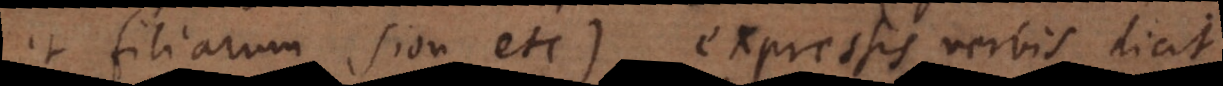
et filiarum Sion etc.) expressis verbis dicit